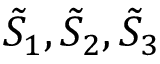
\tilde { S } _ { 1 } , \tilde { S } _ { 2 } , \tilde { S } _ { 3 }